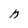
Character: n